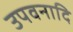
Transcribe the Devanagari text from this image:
उपवनादि